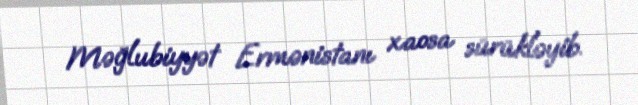
Məğlubiyyət Ermənistanı xaosa sürükləyib.